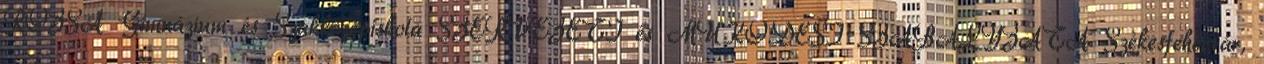
RÓZSA Gimnázium és Szakközépiskola SZERVEZETI és MŰKÖDÉSI SZABÁLYZATA Székesfehérvár,